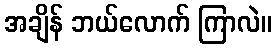
အချိန် ဘယ်လောက် ကြာလဲ။